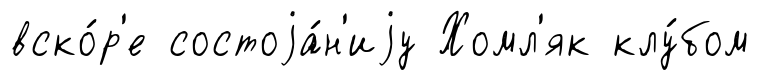
вско́р'е состоjа́н'иjу Хомл'як клу́бом